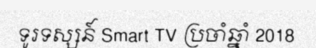
ទូរទស្សន៍ Smart TV ប្រចាំឆ្នាំ 2018